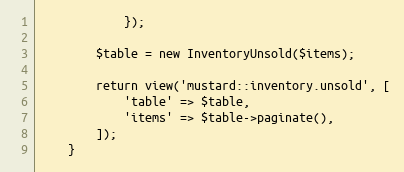
Language: PHP
            });

        $table = new InventoryUnsold($items);

        return view('mustard::inventory.unsold', [
            'table' => $table,
            'items' => $table->paginate(),
        ]);
    }